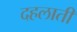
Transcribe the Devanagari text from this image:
दहलाती